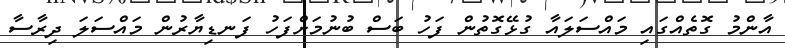
އާންމު ގޮތެއްގައި މައްސަލައާ ގުޅޭގޮތުން ފަހު ބަސް ބުނުމަށްފަހު ފަނޑިޔާރުން މައްސަލަ ދިރާސާ